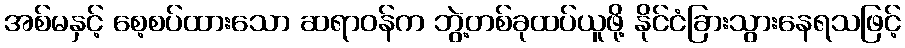
အစ်မနှင့် စေ့စပ်ထားသော ဆရာဝန်က ဘွဲ့တစ်ခုထပ်ယူဖို့ နိုင်ငံခြားသွားနေရသဖြင့်